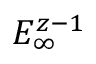
E _ { \infty } ^ { z - 1 }